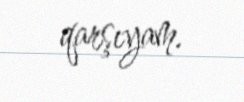
qarşıyam.